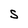
Character: S